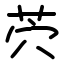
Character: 茓